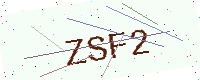
Text: ZSF2